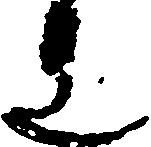
連